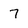
Character: 7